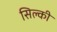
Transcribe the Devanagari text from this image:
सिल्की